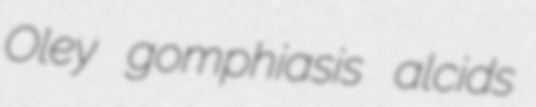
Oley gomphiasis alcids